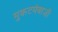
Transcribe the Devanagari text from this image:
मुकटमेबाजी